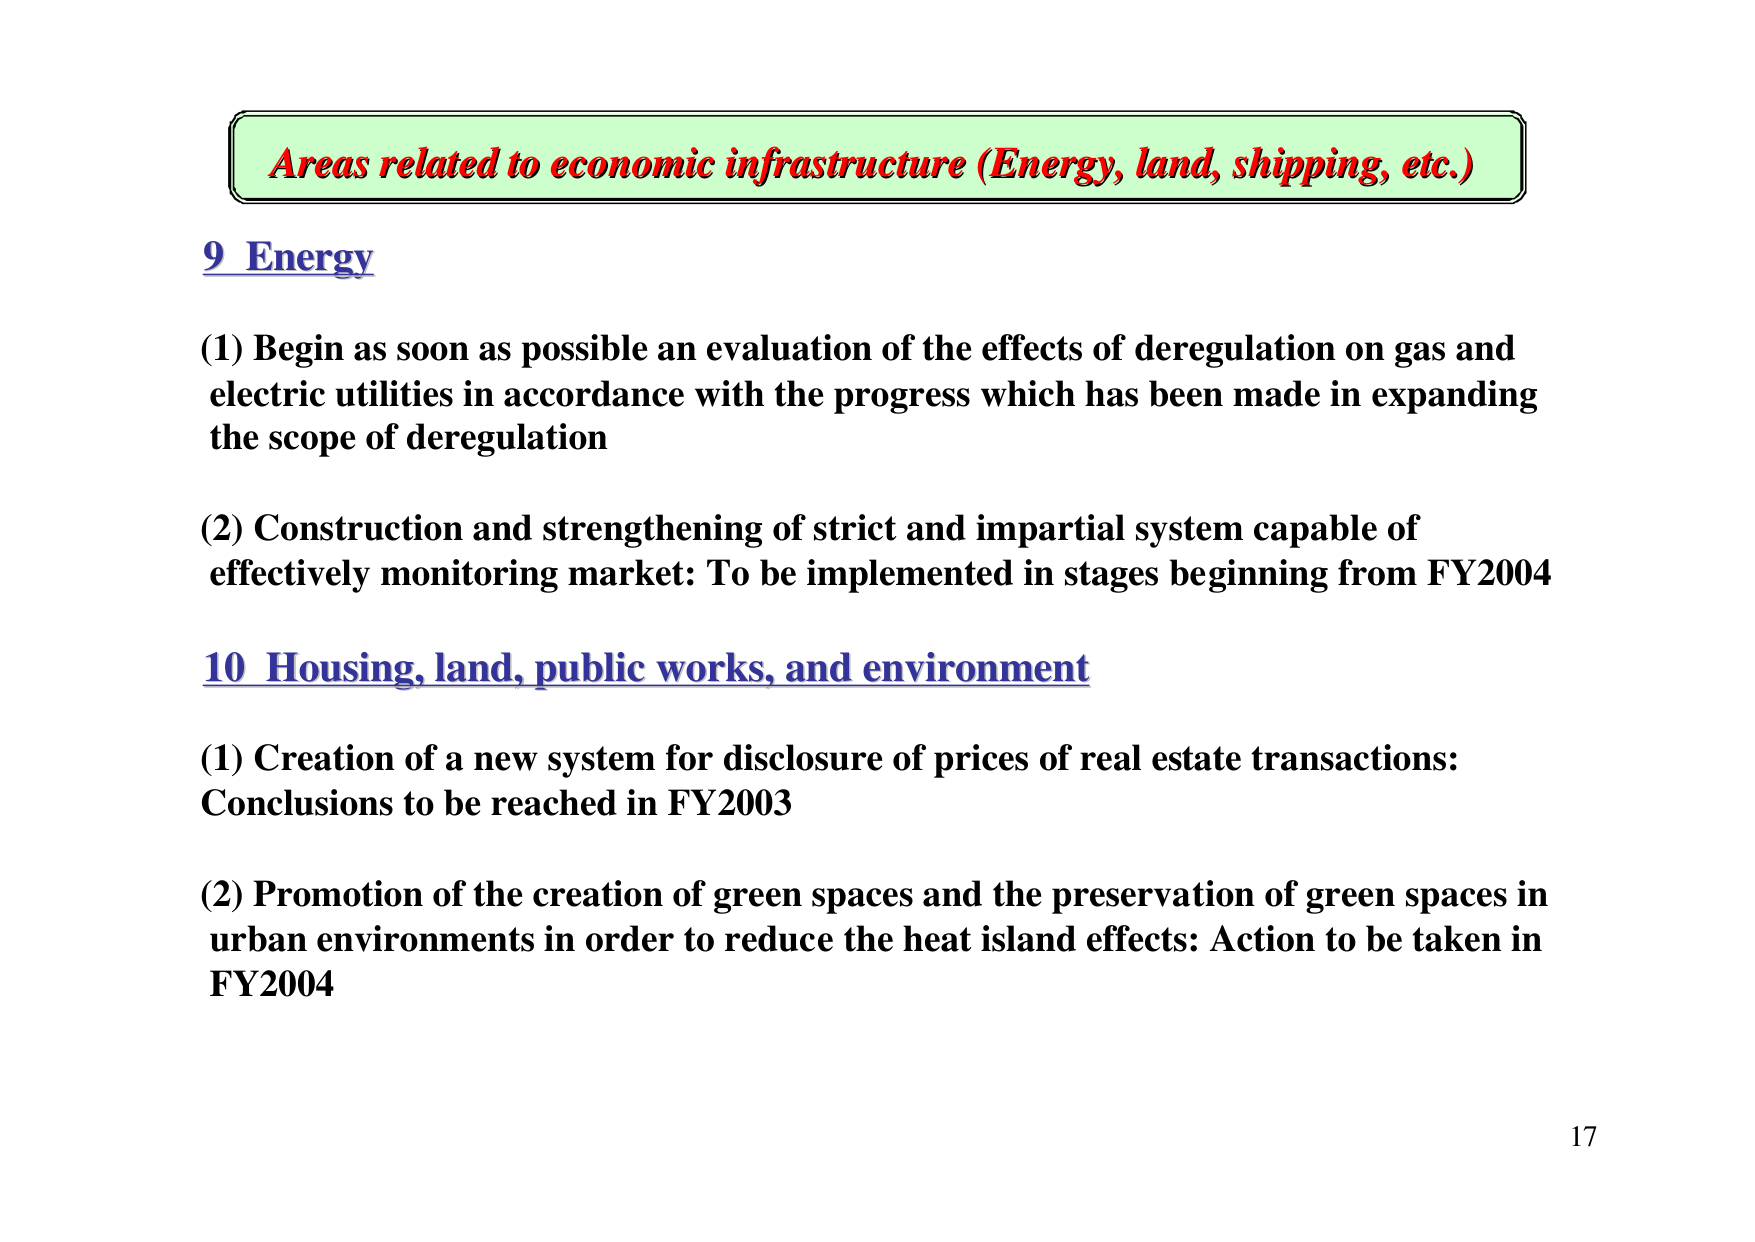
Areas related to economic infrastructure (Energy, land, shipping, etc.)

9 Energy

(1) Begin as soon as possible an evaluation of the effects of deregulation on gas and electric utilities in accordance with the progress which has been made in expanding the scope of deregulation

(2) Construction and strengthening of strict and impartial system capable of effectively monitoring market: To be implemented in stages beginning from FY2004

10 Housing, land, public works, and environment

(1) Creation of a new system for disclosure of prices of real estate transactions: Conclusions to be reached in FY2003

(2) Promotion of the creation of green spaces and the preservation of green spaces in urban environments in order to reduce the heat island effects: Action to be taken in FY2004

17